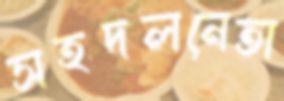
সহদলনেতা